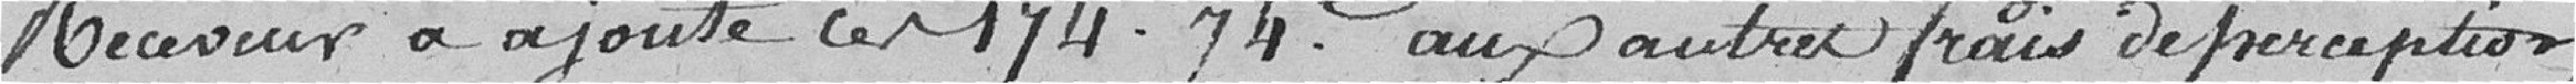
Receveur a ajouté ces 174 francs 74 centimes aux autres frais de perception